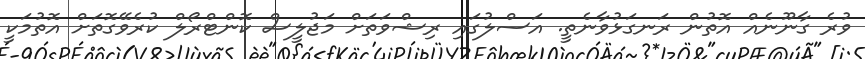
ވުރެ ގާނޫނެއް އޮތުން ރަނގަޅުވާނެތީ. އަސްލުގައި ރިޝްވަތަށް މަޖުލީސް ކޮންޓްރޯލް ކުރެވޭގޮތަށް އޮތުމަކީ